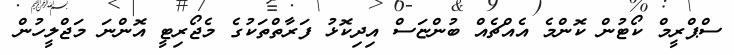
ސްޕްރީމް ކޯޓުން ކޮންމެ އެއްޗެއް ބުންޏަސް އިދިކޮޅު ފަރާތްތަކުގެ މެޖޯރިޓީ އޮންނަ މަޖްލީހުން